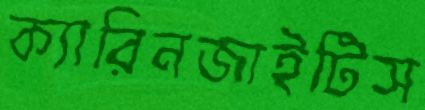
ক্যারিনজাইটিস